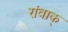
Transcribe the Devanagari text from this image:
रांवाक्